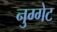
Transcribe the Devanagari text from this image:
नुग्गेट